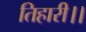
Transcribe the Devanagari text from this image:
तिहारी।।